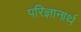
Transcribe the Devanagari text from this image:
परिज्ञानार्थ